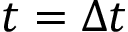
t = \Delta t